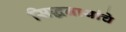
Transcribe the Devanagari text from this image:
सिद्धनाथांचे